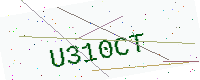
Text: U310CT